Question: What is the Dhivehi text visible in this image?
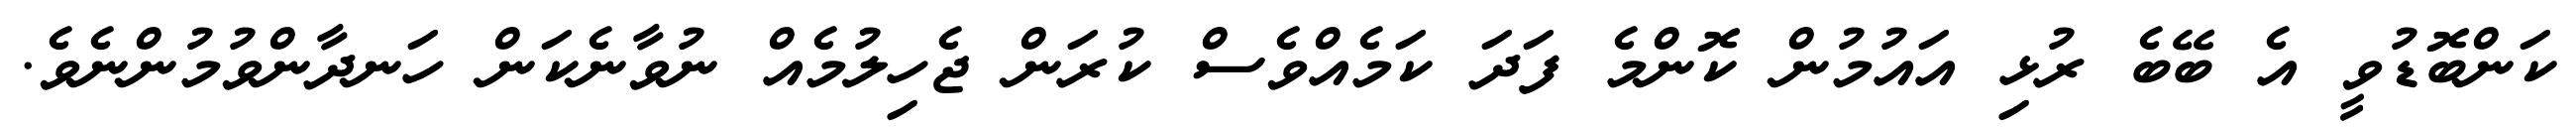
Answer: ކަންބޮޑުވީ އެ ބޭބެ ރުޅި އައުމުން ކޮންމެ ފަދަ ކަމެއްވެސް ކުރަން ޖެހިލުމެއް ނުވާނެކަން ހަނދާންވުމުންނެވެ.